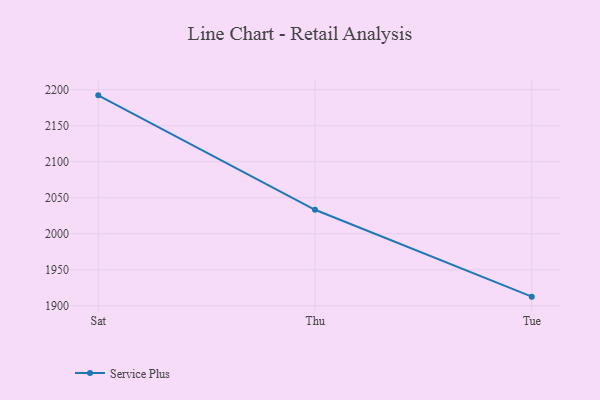
{"axis": {"x": "Day", "y": "Demand Index"}, "legend": ["Service Plus"], "data": [{"x": "Sat", "y": 2192.2, "type": "Service Plus"}, {"x": "Thu", "y": 2033.3, "type": "Service Plus"}, {"x": "Tue", "y": 1912.7, "type": "Service Plus"}]}